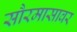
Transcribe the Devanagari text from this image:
सौरमासावर